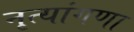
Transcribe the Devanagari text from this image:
नृत्यांगणा